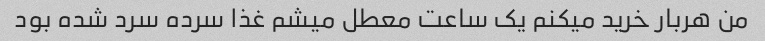
من هربار خرید میکنم یک ساعت معطل میشم غذا سرده سرد شده بود